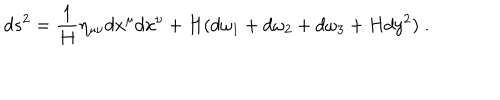
d s ^ { 2 } = \frac { 1 } { H } \eta _ { \mu \nu } d x ^ { \mu } d x ^ { \nu } + H ( d \omega _ { 1 } + d \omega _ { 2 } + d \omega _ { 3 } + H d y ^ { 2 } ) \; .